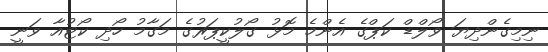
ނިމިގެންދިޔަ ވޯލްޑް ކަޕްގެ އެންމެ މޮޅު ގޯލުކީޕަރުގެ މަގާމު ހޯދި ކޯޓުއާ ވަނީ